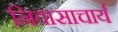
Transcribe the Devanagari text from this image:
निवासाचार्य